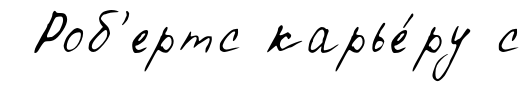
Роб'ертс карье́ру с